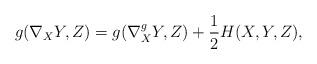
LaTeX: \begin{align*}g(\nabla_XY,Z) = g(\nabla^g_XY,Z) + \frac12 H(X,Y,Z),\end{align*}